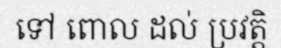
ទៅ ពោល ដល់ ប្រវត្តិ